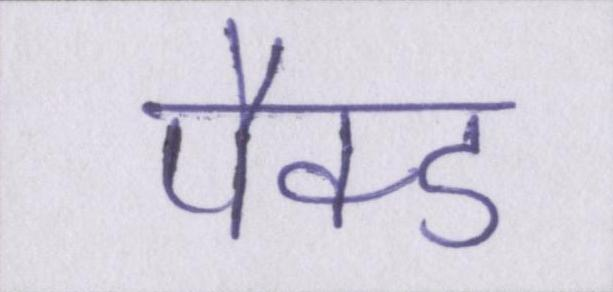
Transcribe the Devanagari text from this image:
पैक्ड